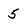
Character: 5